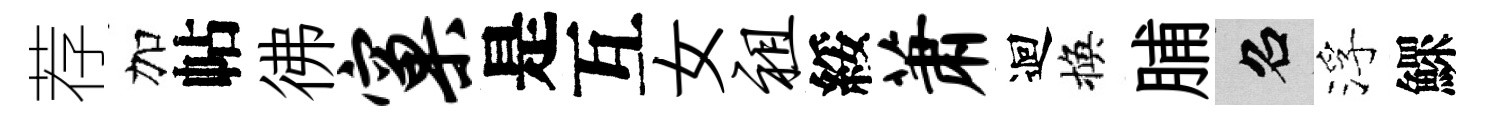
荐加帖彿窠是互女祖綏萧迴換脯召浮鰥